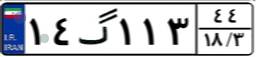
۹۳گ۱۶۷۱۹